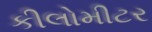
કીલોમીટર